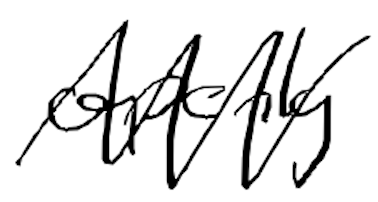
Text: openly
Cross-out: zig-zag
Writing tool: digital_black